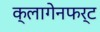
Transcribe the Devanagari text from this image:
क्लागेनफर्ट